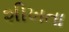
શીખતા